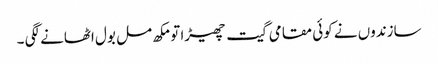
سازندوں نے کوئی مقامی گیت چھیڑا تو مکھ مل بول اٹھانے لگی ۔